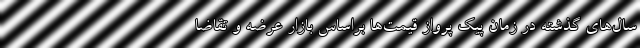
سال‌های گذشته در زمان پیک پرواز قیمت‌ها براساس بازار عرضه و تقاضا